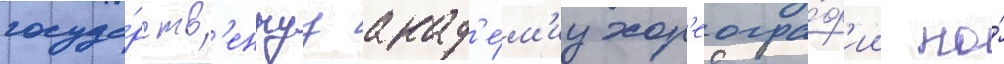
госуда́рств'еннуу акад'е́м'иу хор'еогра́ф'ии по́